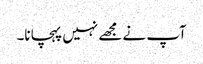
آپ نے مجھے نہیں پہچانا۔